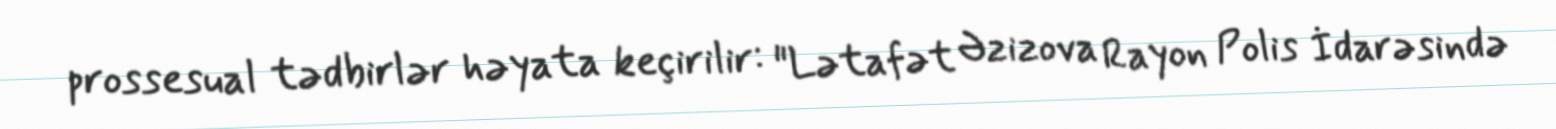
prossesual tədbirlər həyata keçirilir: "Lətafət Əzizova Rayon Polis İdarəsində